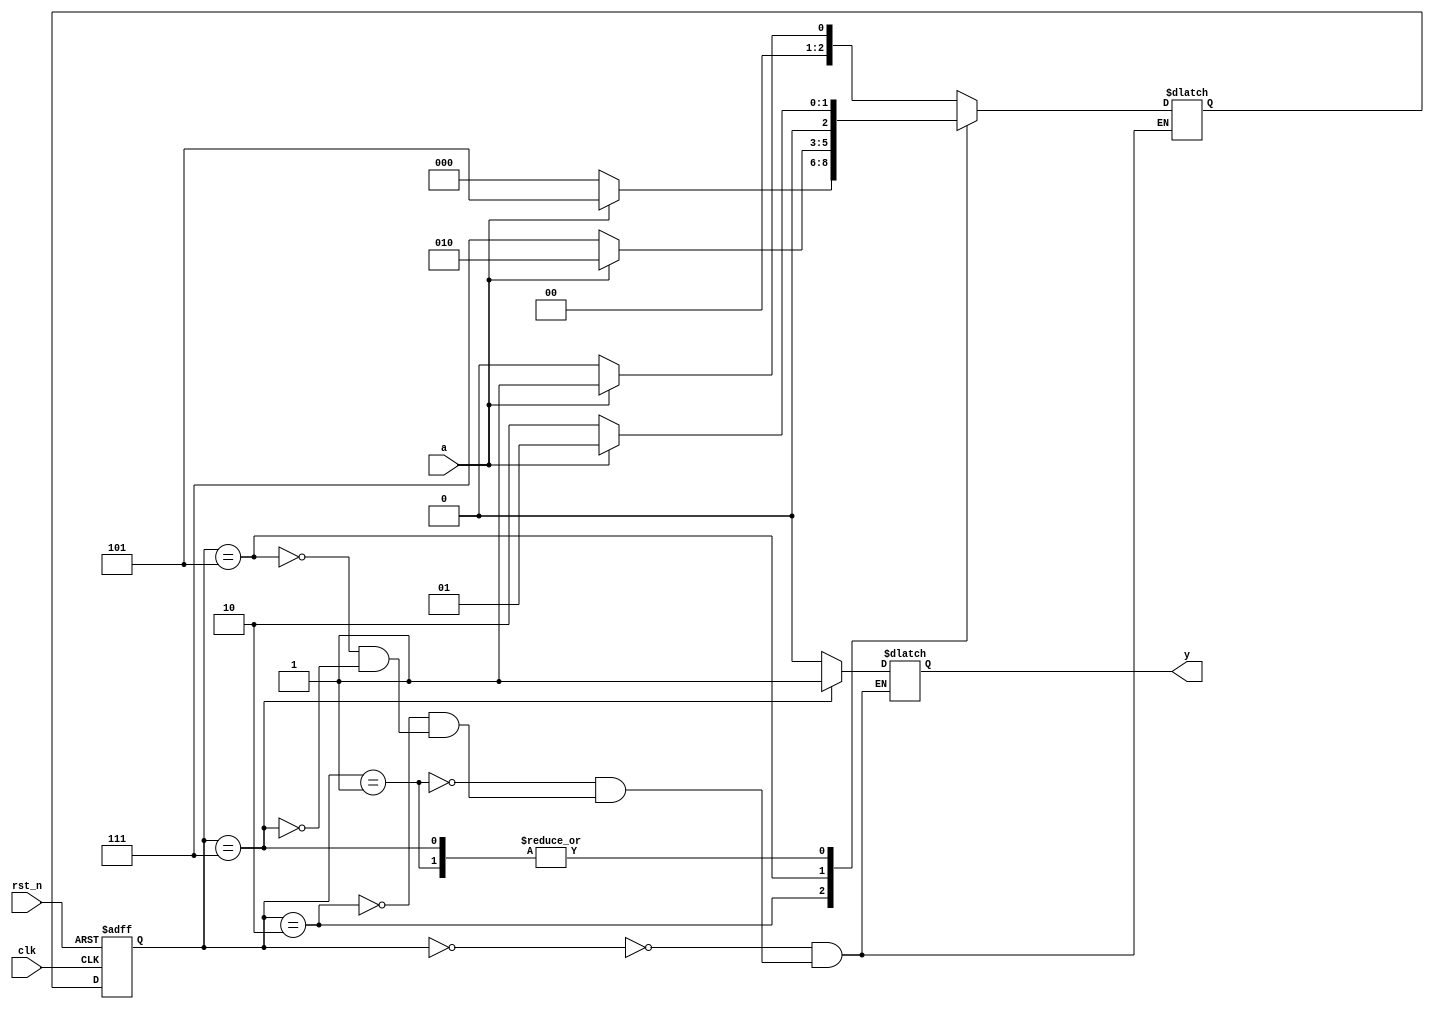
module phathienchuoi_1011(
a,clk,rst_n,y
);

input a,clk,rst_n;
output reg y;

localparam s0   = 3'b000;
localparam s1   = 3'b001;
localparam s10  = 3'b010;
localparam s101 = 3'b101;
localparam s1011= 3'b111;

reg [2:0] state, nextstate;

always @(a, state)
begin 
  case(state)
   s0: begin
			if(a) nextstate = s1;
			else nextstate = s0;
			y = 0; end
	s1: begin
			if(a) nextstate = s1;
			else nextstate = s10;
			y = 0; end
	s10: begin
			if(a) nextstate = s101;
			else nextstate = s0;
			y = 0; end
	s101: begin
			if(a) nextstate = s10;
			else nextstate = s1011;
			y = 0; end
	s1011: begin
			if(a) nextstate = s1;
			else nextstate = s10;  
			y = 1; end
	endcase
end

always@(posedge clk or negedge rst_n)

begin
	if(!rst_n)
			state <= s0;
	else
			state <= nextstate;
end
			
	

endmodule